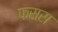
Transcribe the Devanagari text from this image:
फसरा